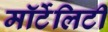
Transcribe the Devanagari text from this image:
मॉर्टेलिटी